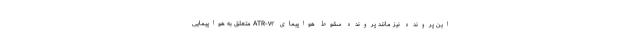
این پرونده نیز مانند پرونده سقوط هواپیمای ATR-۷۲ متعلق به هواپیمایی